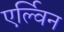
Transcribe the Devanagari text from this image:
एर्ल्विन